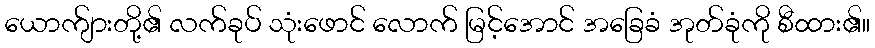
ယောက်ျားတို့၏ လက်ခုပ် သုံးဖောင် လောက် မြင့်အောင် အခြေခံ အုတ်ခုံကို စီထား၏။